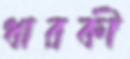
ধারকী